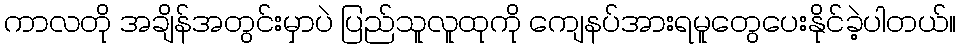
ကာလတို အချိန်အတွင်းမှာပဲ ပြည်သူလူထုကို ကျေနပ်အားရမူတွေပေးနိုင်ခဲ့ပါတယ်။